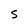
Character: S